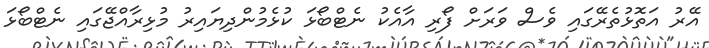
އޭރު އަތޮޅުތެރޭގައި ވެސް ވަރަށް ފޯރި އާއެކު ނެޓްބޯޅަ ކުޅެމުންދިޔައިރު މުޅިރާއްޖޭގައި ނެޓްބޯޅަ